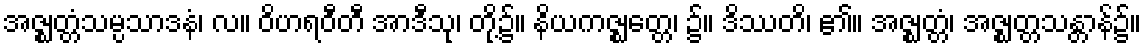
အဇ္ဈတ္တံသမ္ပသာဒနံ၊ လ။ ဝိဟရဝီတီ အာဒီသု၊ တို့၌။ နိယကဇ္ဈတ္တေ၊ ၌။ ဒိဿတိ၊ ၏။ အဇ္ဈတ္တံ၊ အဇ္ဈတ္တသန္တာန်၌။